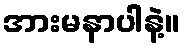
အားမနာပါနဲ့။